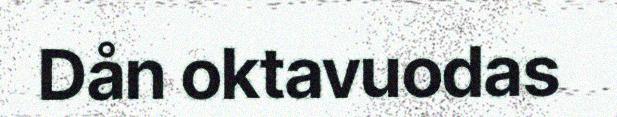
Dån oktavuodas